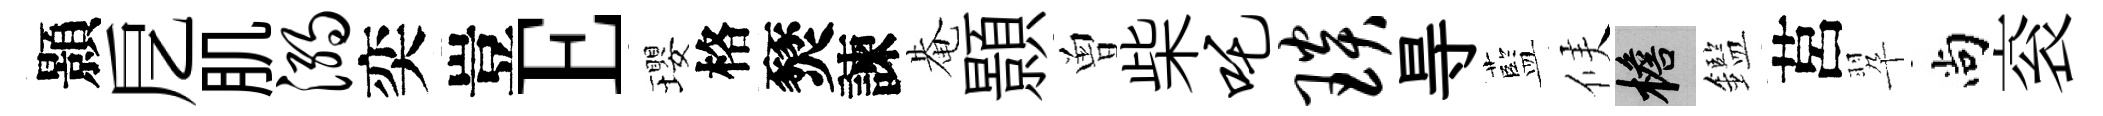
顥戹肌溺奕豈E瓔格燹諫𤲅顥曽柴吒琰㝵藍候檐鑑莒翆尚衮